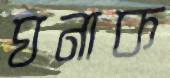
ঘনাক